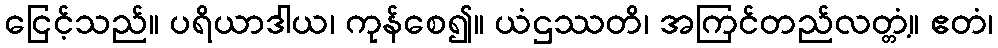
ငြေင့်သည်။ ပရိယာဒါယ၊ ကုန်စေ၍။ ယံဌဿတိ၊ အကြင်တည်လတ္တံ့။ ဧတံ၊